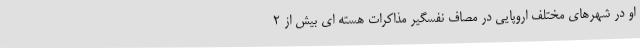
او در شهرهای مختلف اروپایی در مصاف نفسگیر مذاکرات هسته ای بیش از 2